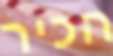
הכיר